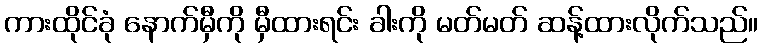
ကားထိုင်ခုံ နောက်မှီကို မှီထားရင်း ခါးကို မတ်မတ် ဆန့်ထားလိုက်သည်။